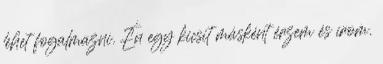
lehet fogalmazni. Én egy kicsit másként érzem és írom.